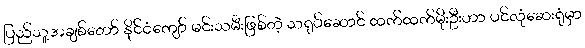
ပြည်သူ့အချစ်တော် နိုင်ငံကျော် မင်းသမီးဖြစ်တဲ့ သရုပ်ဆောင် ထက်ထက်မိုးဦးဟာ ပင်လုံဆေးရုံမှာ